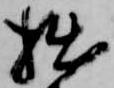
拙